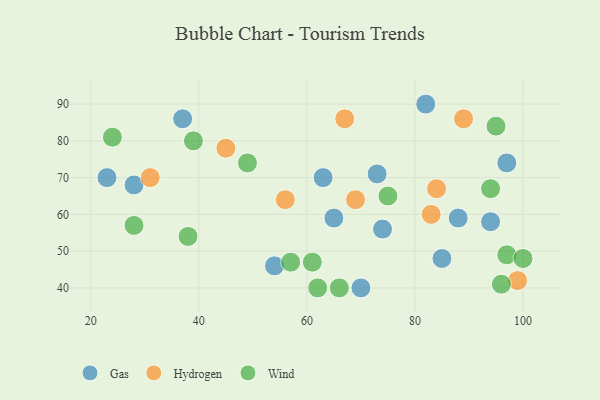
{"axis": {"x": "GDP", "y": "Life Expectancy"}, "legend": ["Gas", "Hydrogen", "Wind"], "data": [{"x": "97", "y": 74, "type": "Gas"}, {"x": "70", "y": 40, "type": "Gas"}, {"x": "54", "y": 46, "type": "Gas"}, {"x": "37", "y": 86, "type": "Gas"}, {"x": "28", "y": 68, "type": "Gas"}, {"x": "85", "y": 48, "type": "Gas"}, {"x": "65", "y": 59, "type": "Gas"}, {"x": "74", "y": 56, "type": "Gas"}, {"x": "88", "y": 59, "type": "Gas"}, {"x": "73", "y": 71, "type": "Gas"}, {"x": "94", "y": 58, "type": "Gas"}, {"x": "63", "y": 70, "type": "Gas"}, {"x": "82", "y": 90, "type": "Gas"}, {"x": "23", "y": 70, "type": "Gas"}, {"x": "56", "y": 64, "type": "Hydrogen"}, {"x": "84", "y": 67, "type": "Hydrogen"}, {"x": "89", "y": 86, "type": "Hydrogen"}, {"x": "99", "y": 42, "type": "Hydrogen"}, {"x": "69", "y": 64, "type": "Hydrogen"}, {"x": "83", "y": 60, "type": "Hydrogen"}, {"x": "67", "y": 86, "type": "Hydrogen"}, {"x": "31", "y": 70, "type": "Hydrogen"}, {"x": "45", "y": 78, "type": "Hydrogen"}, {"x": "49", "y": 74, "type": "Wind"}, {"x": "28", "y": 57, "type": "Wind"}, {"x": "94", "y": 67, "type": "Wind"}, {"x": "62", "y": 40, "type": "Wind"}, {"x": "61", "y": 47, "type": "Wind"}, {"x": "39", "y": 80, "type": "Wind"}, {"x": "95", "y": 84, "type": "Wind"}, {"x": "75", "y": 65, "type": "Wind"}, {"x": "97", "y": 49, "type": "Wind"}, {"x": "96", "y": 41, "type": "Wind"}, {"x": "57", "y": 47, "type": "Wind"}, {"x": "38", "y": 54, "type": "Wind"}, {"x": "100", "y": 48, "type": "Wind"}, {"x": "24", "y": 81, "type": "Wind"}, {"x": "66", "y": 40, "type": "Wind"}]}